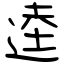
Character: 逵